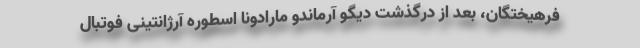
فرهیختگان، بعد از درگذشت دیگو آرماندو مارادونا اسطوره آرژانتینی فوتبال